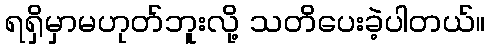
ရရှိမှာမဟုတ်ဘူးလို့ သတိပေးခဲ့ပါတယ်။